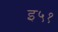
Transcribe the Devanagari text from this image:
इ५१